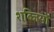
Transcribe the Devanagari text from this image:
शब्जियों